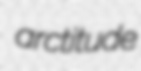
arctitude